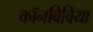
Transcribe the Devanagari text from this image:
कॉनविविया